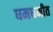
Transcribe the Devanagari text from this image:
घमघमीत